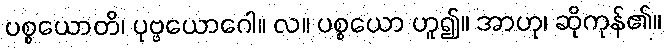
ပစ္စယောတိ၊ ပုဗ္ဗယောဂေါ။ လ။ ပစ္စယော ဟူ၍။ အာဟု၊ ဆိုကုန်၏။